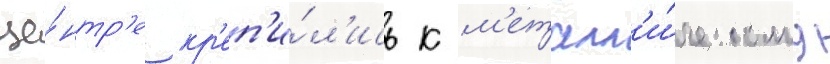
це́нтр'е кр'еп'и́л'ись к м'еталл'и́ческому